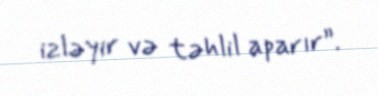
izləyir və təhlil aparır”.